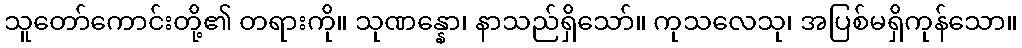
သူတော်ကောင်းတို့၏ တရားကို။ သုဏန္နော၊ နာသည်ရှိသော်။ ကုသလေသု၊ အပြစ်မရှိကုန်သော။